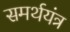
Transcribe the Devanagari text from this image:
समर्थयंत्र